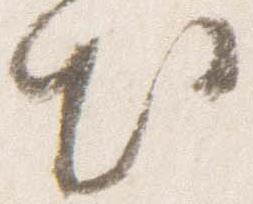
出